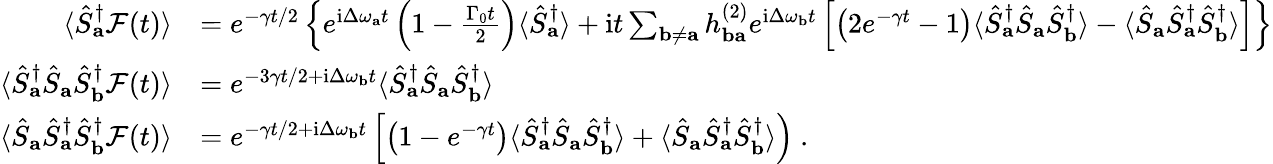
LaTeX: \begin{array}{rl}{\langle\hat{S}_{\mathbf{a}}^{\dagger}\mathcal{F}(t)\rangle}&{=e^{-\gamma t/2}\left\{ e^{\mathrm{i}\Delta\omega_{\mathbf{a}}t}\left(1-\frac{\Gamma_{0}t}{2}\right)\langle\hat{S}_{\mathbf{a}}^{\dagger}\rangle+\mathrm{i}t\sum_{\mathbf{b}\neq\mathbf{a}}h_{\mathbf{ba}}^{(2)}e^{\mathrm{i}\Delta\omega_{\mathbf{b}}t}\left[\left(2e^{-\gamma t}-1\right)\langle\hat{S}_{\mathbf{a}}^{\dagger}\hat{S}_{\mathbf{a}}\hat{S}_{\mathbf{b}}^{\dagger}\rangle-\langle\hat{S}_{\mathbf{a}}\hat{S}_{\mathbf{a}}^{\dagger}\hat{S}_{\mathbf{b}}^{\dagger}\rangle\right]\right\} }\\ {\langle\hat{S}_{\mathbf{a}}^{\dagger}\hat{S}_{\mathbf{a}}\hat{S}_{\mathbf{b}}^{\dagger}\mathcal{F}(t)\rangle}&{=e^{-3\gamma t/2+\mathrm{i}\Delta\omega_{\mathbf{b}}t}\langle\hat{S}_{\mathbf{a}}^{\dagger}\hat{S}_{\mathbf{a}}\hat{S}_{\mathbf{b}}^{\dagger}\rangle}\\ {\langle\hat{S}_{\mathbf{a}}\hat{S}_{\mathbf{a}}^{\dagger}\hat{S}_{\mathbf{b}}^{\dagger}\mathcal{F}(t)\rangle}&{=e^{-\gamma t/2+\mathrm{i}\Delta\omega_{\mathbf{b}}t}\left[\left(1-e^{-\gamma t}\right)\langle\hat{S}_{\mathbf{a}}^{\dagger}\hat{S}_{\mathbf{a}}\hat{S}_{\mathbf{b}}^{\dagger}\rangle+\langle\hat{S}_{\mathbf{a}}\hat{S}_{\mathbf{a}}^{\dagger}\hat{S}_{\mathbf{b}}^{\dagger}\rangle\right)~.}\end{array}